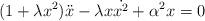
LaTeX: \begin{align*} (1 + \lambda x^{2})\ddot{x} - \lambda x \dot{x^{2}} + \alpha^{2}x = 0\end{align*}